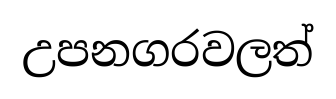
උපනගරවලත්